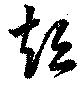
短